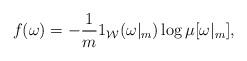
LaTeX: \begin{align*}f(\omega)=-\frac{1}{m}1_{\mathcal{W}}(\omega|_{m})\log\mu[\omega|_{m}],\end{align*}